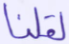
لقلنا